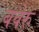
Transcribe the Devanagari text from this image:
बवेरु